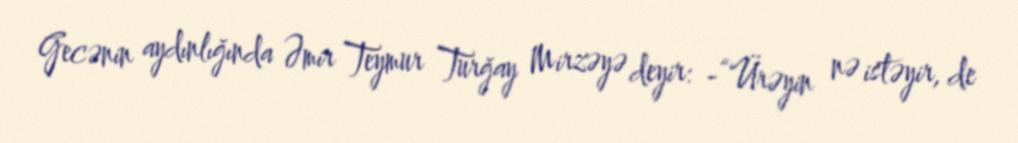
Gecənin aydınlığında Əmir Teymur Turğay Mirzəyə deyir: -“Ürəyin nə istəyir, de